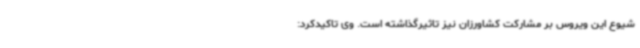
شیوع این ویروس بر مشارکت کشاورزان نیز تاثیرگذاشته است. وی تاکیدکرد: